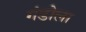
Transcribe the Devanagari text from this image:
गंडोला